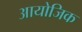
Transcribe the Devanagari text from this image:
आयोजिक